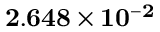
\mathbf { 2 . 6 4 8 \times 1 0 ^ { - 2 } }